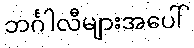
ဘင်္ဂါလီများအပေါ်